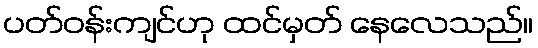
ပတ်ဝန်းကျင်ဟု ထင်မှတ် နေလေသည်။